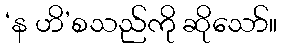
‘န ဟိ’စသည်ကို ဆိုသော်။